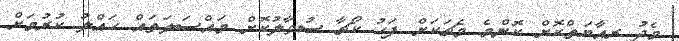
މެދު ރިއާޔަތްކޮށް ކޮންމެ މެޗަކަށް ފަހު ކޯޗާ ސުވާލުކޮށް މައްސަލަތައް ހައްލު ކުރުމަށް